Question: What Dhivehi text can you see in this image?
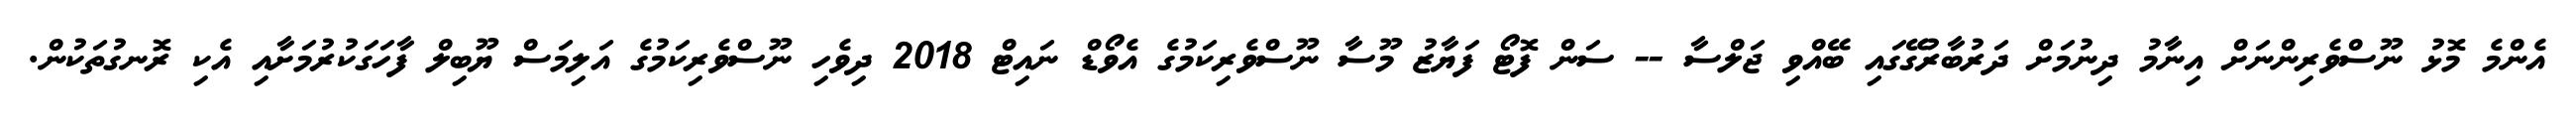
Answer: އެންމެ މޮޅު ނޫސްވެރިންނަށް އިނާމު ދިނުމަށް ދަރުބާރުގޭގައި ބޭއްވި ޖަލްސާ -- ސަން ފޮޓޯ ފަޔާޒު މޫސާ ނޫސްވެރިކަމުގެ އެވޯޑް ނައިޓް 2018 ދިވެހި ނޫސްވެރިކަމުގެ އަލިމަސް ޔޫބިލް ފާހަގަކުރުމަށާއި އެކި ރޮނގުތަކުން.